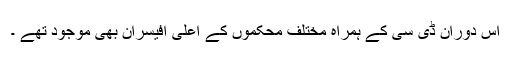
اس دوران ڈی سی کے ہمراہ مختلف محکموں کے اعلیٰ آفیسران بھی موجود تھے ۔